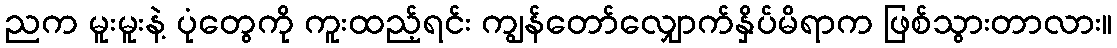
ညက မူးမူးနဲ့ ပုံတွေကို ကူးထည့်ရင်း ကျွန်တော်လျှောက်နှိပ်မိရာက ဖြစ်သွားတာလား။